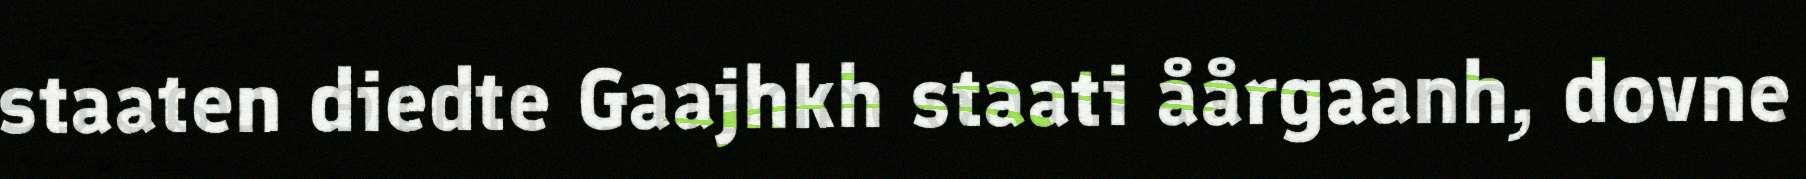
staaten diedte Gaajhkh staati åårgaanh, dovne